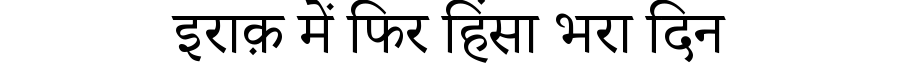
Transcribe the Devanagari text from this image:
इराक़ में फिर हिंसा भरा दिन